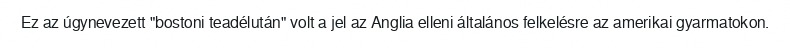
Ez az úgynevezett "bostoni teadélután" volt a jel az Anglia elleni általános felkelésre az amerikai gyarmatokon.